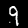
Label: 9